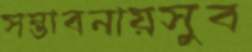
সম্ভাবনায়সুব